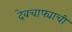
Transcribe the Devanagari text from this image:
देवचाफ्याची